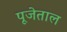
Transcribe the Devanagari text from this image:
पूजेताल